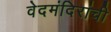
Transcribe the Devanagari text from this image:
वेदमंदिरांची